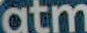
atm